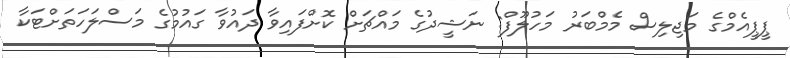
ޕީޕީއެމްގެ މަޖިލިސް މެމްބަރު މަހުލޫފް: ނަޝީދުގެ މައްޗަށް ކޮށްފައިވާ ދައުވާ ގައުމުގެ މަސްލަހަތަށްޓަކާ